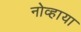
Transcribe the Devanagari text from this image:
नोव्हाया